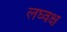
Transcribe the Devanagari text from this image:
लघ्वक्ष